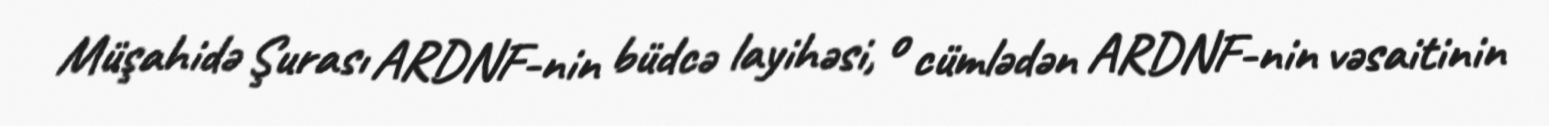
Müşahidə Şurası ARDNF-nin büdcə layihəsi, o cümlədən ARDNF-nin vəsaitinin